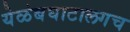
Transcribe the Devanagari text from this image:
येळंबघाटालगच